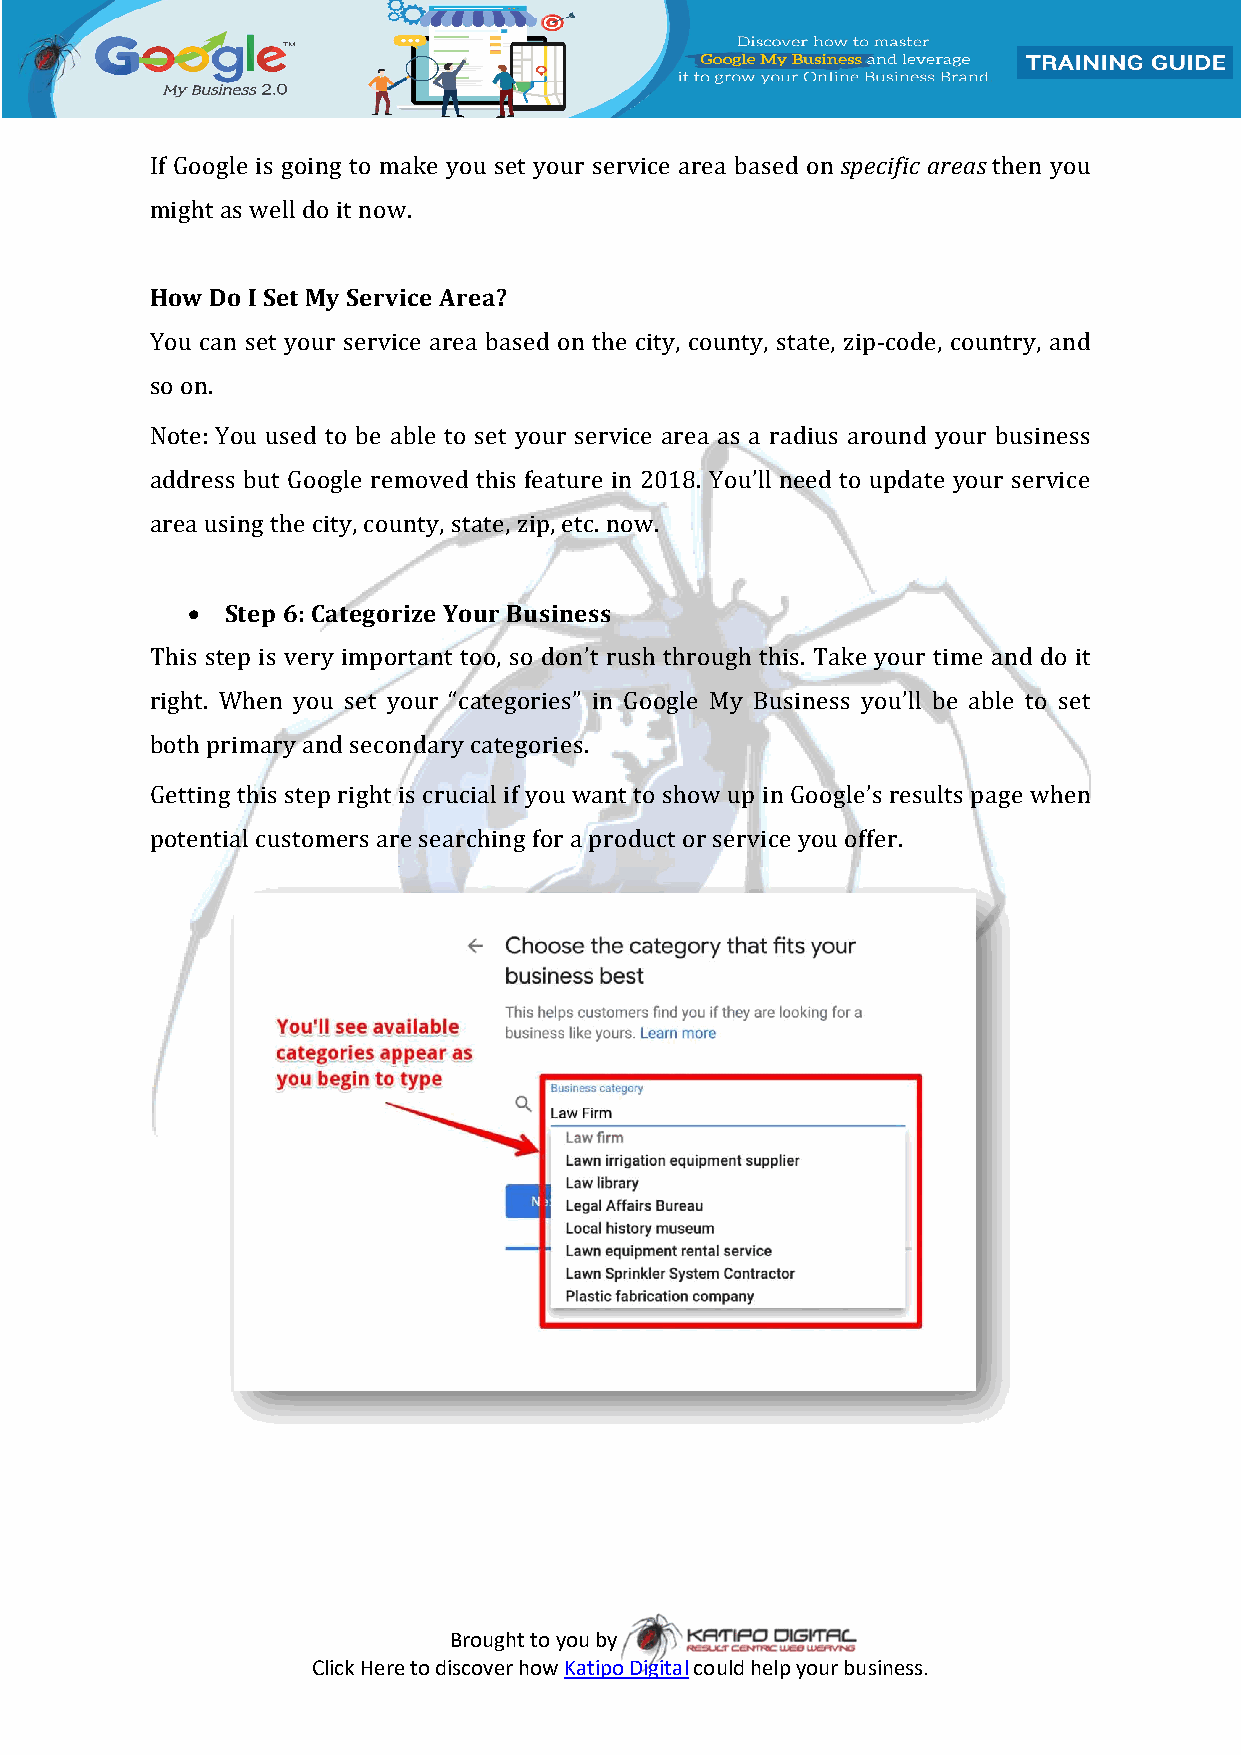
If Google is going to make you set your service area based on specific areas then you
 might as well do it now.
 How Do I Set My Service Area?
 You can set your service area based on the city, county, state, zip-code, country, and
 so on.
 Note: You used to be able to set your service area as a radius around your business
 address but Google removed this feature in 2018. You’ll need to update your service
 area using the city, county, state, zip, etc. now.
   Step 6: Categorize Your Business
 This step is very important too, so don’t rush through this. Take your time and do it
 right. When you set your “categories” in Google My Business you’ll be able to set
 both primary and secondary categories.
 Getting this step right is crucial if you want to show up in Google’s results page when
 potential customers are searching for a product or service you offer.
 Brought to you by
 Click Here to discover how Katipo Digital could help your business.